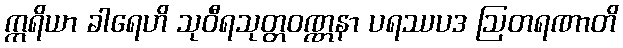
ဣရိယာ ခါရေဟိ သုဝီရသုတ္တဝဏ္ဏနာ ပရဿပဒ ဩတရဏာတိ